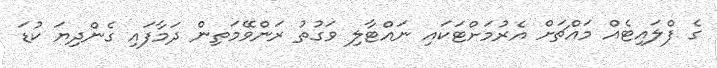
ގެ ފްލައިޓެއް މައްޗަށް އެރުމަށްޓަކައި ނައްޓާލި ވަގުތު ރަންވޭމަތިން ދަމާފައި ގެންދިޔަ ކުޑަ